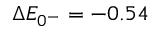
\Delta E _ { 0 ^ { - } } = - 0 . 5 4